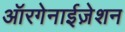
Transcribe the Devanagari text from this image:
ऑरगेनाईज़ेशन